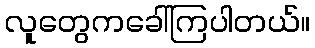
လူတွေကခေါ်ကြပါတယ်။